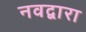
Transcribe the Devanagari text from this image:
नवद्वारा